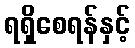
ရရှိစေရန်နှင့်